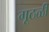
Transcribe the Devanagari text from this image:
गूठळी